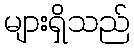
များရှိသည်